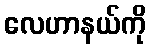
လေဟာနယ်ကို